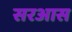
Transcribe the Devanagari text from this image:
सरआस